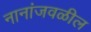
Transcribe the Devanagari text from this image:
नानांजवळील